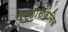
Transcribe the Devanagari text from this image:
प्रशासकनिक